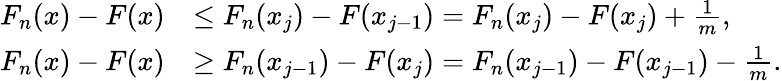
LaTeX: {\begin{array}{rl}{F_{n}(x)-F(x)}&{\leq F_{n}(x_{j})-F(x_{j-1})=F_{n}(x_{j})-F(x_{j})+{\frac{1}{m}},}\\ {F_{n}(x)-F(x)}&{\geq F_{n}(x_{j-1})-F(x_{j})=F_{n}(x_{j-1})-F(x_{j-1})-{\frac{1}{m}}.}\end{array}}